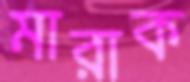
মারাক